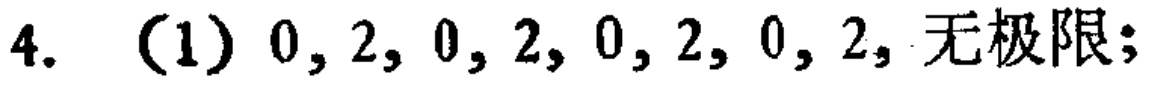
4. （1）\(0,2,0,2,0,2,0,2,\) 无极限；